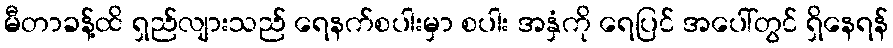
မီတာခန့်ထိ ရှည်လျားသည် ရေနက်စပါးမှာ စပါး အနှံကို ရေပြင် အပေါ်တွင် ရှိနေရန်